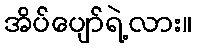
အိပ်ပျော်ရဲ့လား။